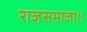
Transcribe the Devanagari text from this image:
राजसमाजा।।